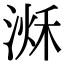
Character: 𣹌